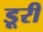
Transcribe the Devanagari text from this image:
डूरी